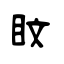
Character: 盿